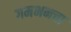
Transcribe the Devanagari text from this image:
गमभनचा